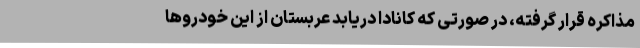
مذاکره قرار گرفته، در صورتی که کانادا دریابد عربستان از این خودروها